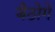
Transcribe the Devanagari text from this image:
बैठोगे